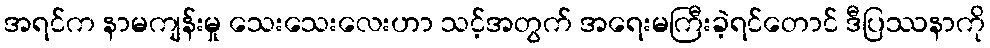
အရင်က နာမကျန်းမှု သေးသေးလေးဟာ သင့်အတွက် အရေးမကြီးခဲ့ရင်တောင် ဒီပြဿနာကို